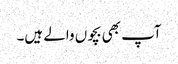
آپ بھی بچوں والے ہیں۔